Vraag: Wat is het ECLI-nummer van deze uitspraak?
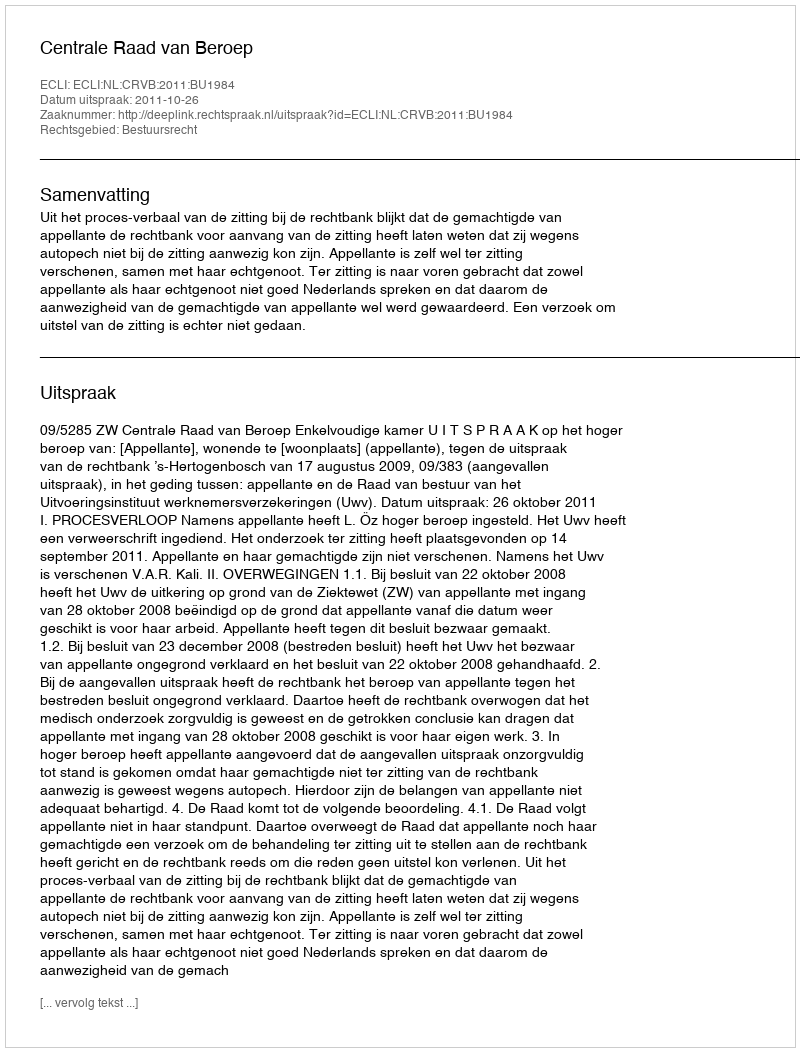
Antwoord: ECLI:NL:CRVB:2011:BU1984